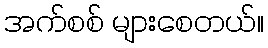
အက်စစ် များစေတယ်။